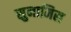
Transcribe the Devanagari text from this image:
सुनामिस